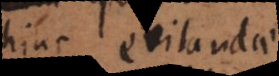
hinc evitandae